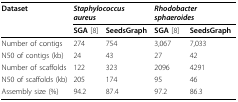
<table><thead><tr><td><b>Dataset</b></td><td colspan="2"><b><i>Staphylococcus aureus</i></b></td><td colspan="2"><b><i>Rhodobacter sphaeroides</i></b></td></tr><tr><td></td><td><b>SGA [8]</b></td><td><b>SeedsGraph</b></td><td><b>SGA [8]</b></td><td><b>SeedsGraph</b></td></tr></thead><tbody><tr><td>Number of contigs</td><td>274</td><td>754</td><td>3,067</td><td>7,033</td></tr><tr><td>N50 of contigs (kb)</td><td>24</td><td>43</td><td>27</td><td>42</td></tr><tr><td>Number of scaffolds</td><td>122</td><td>323</td><td>2096</td><td>4291</td></tr><tr><td>N50 of scaffolds (kb)</td><td>205</td><td>174</td><td>95</td><td>46</td></tr><tr><td>Assembly size (%)</td><td>94.2</td><td>87.4</td><td>97.2</td><td>86.3</td></tr></tbody></table>